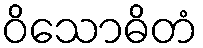
ဝိသောဓိတံ